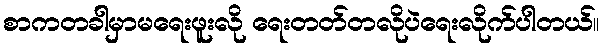
စာကတခါမှာမရေးဖူးလို ရေးတတ်တလိုပဲရေးလိုက်ပါတယ်။